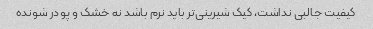
کیفیت جالبی نداشت، کیک شیرینی‌تر باید نرم باشد نه خشک و پودر شونده